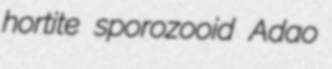
hortite sporozooid Adao